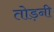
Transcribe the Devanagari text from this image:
तोड़नी